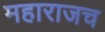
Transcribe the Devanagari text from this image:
महाराजच